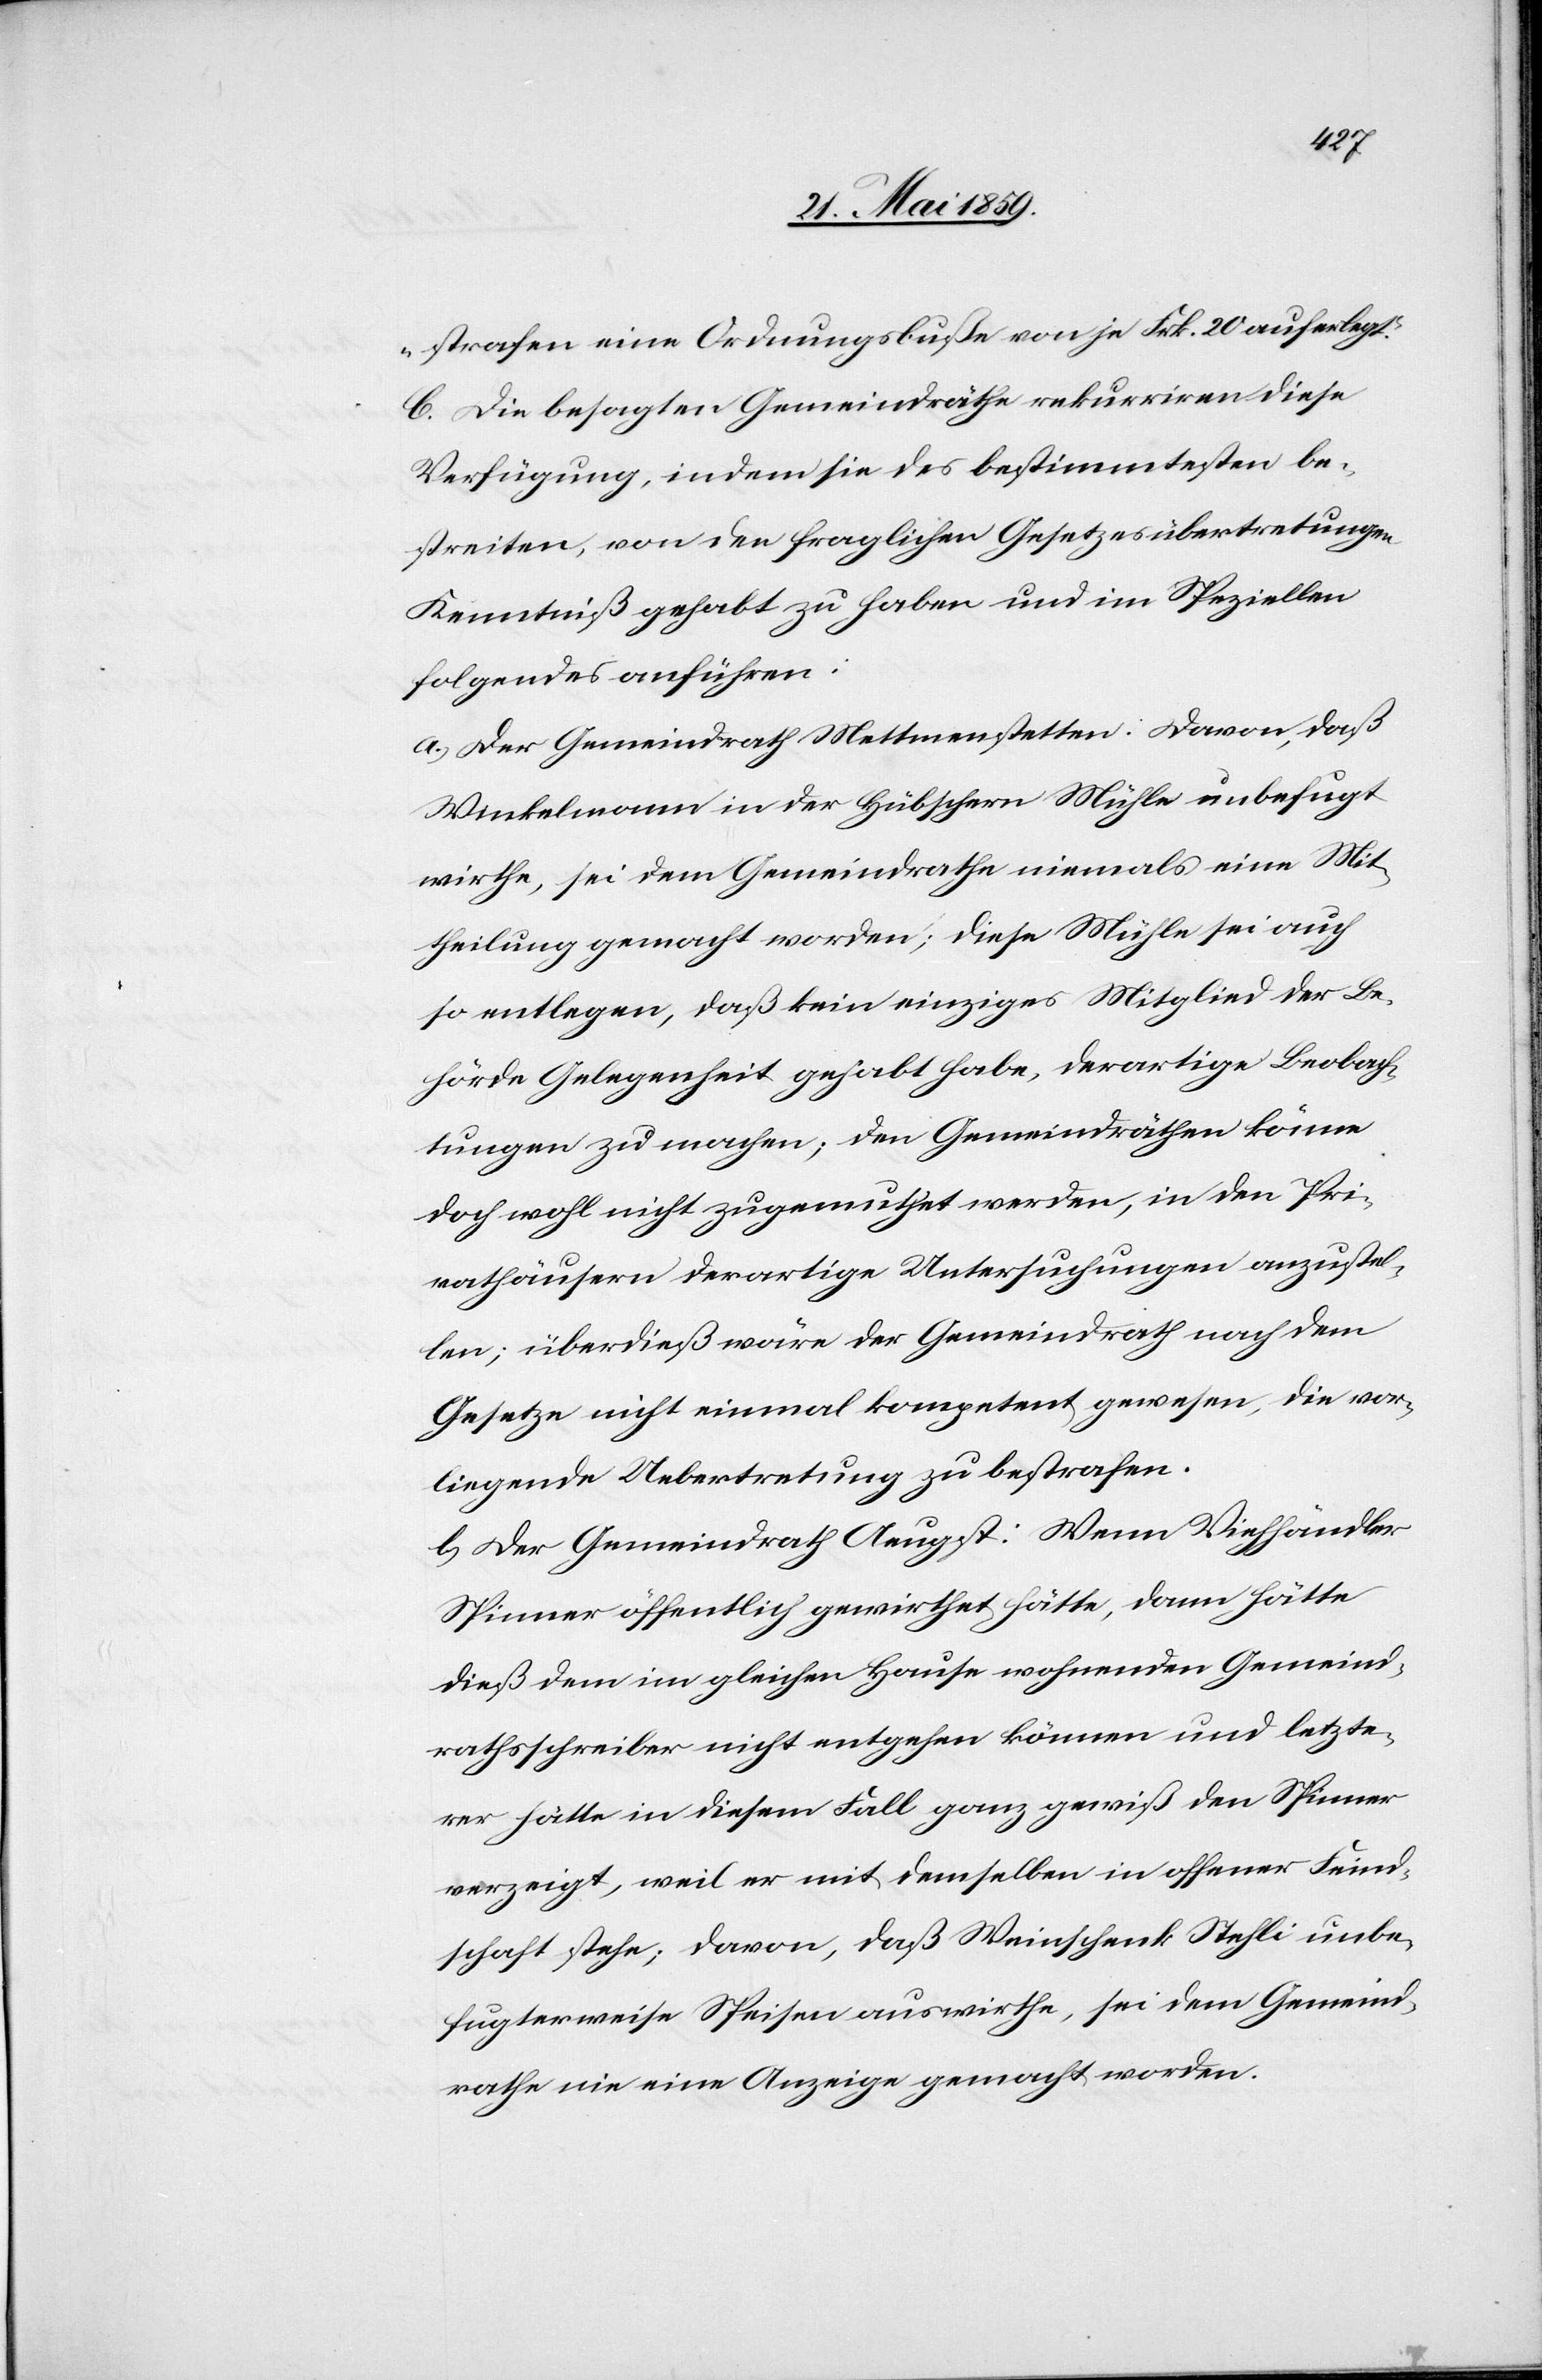
strafen eine Ordnungsbuße von je Frk. 20 auferlegt.
C. Die besagten Gemeindräthe rekurriren diese
Verfügung, indem sie des bestimmtesten be¬
streiten, von den fraglichen Gesetzesübertretungen
Kenntniß gehabt zu haben und im Speziellen
folgendes anführen:
a) Der Gemeindrath Mettmenstetten: Davon, daß
Winkelmann in der Hübschern Mühle unbefugt
wirthe, sei dem Gemeindrathe niemals eine Mit¬
theilung gemacht worden; diese Mühle sei auch
so entlegen, daß kein einziges Mitglied der Be¬
hörde Gelegenheit gehabt habe, derartige Beobach¬
tungen zu machen; den Gemeindräthen könne
doch wohl nicht zugemuthet werden, in den Pri¬
vathäusern derartige Untersuchungen anzustel¬
len; überdieß wäre der Gemeindrath nach dem
Gesetze nicht einmal kompetent gewesen, die vor¬
liegende Uebertretung zu bestrafen.
b) Der Gemeindrath Aeugst: Wenn Viehhändler
Spinner öffentlich gewirthet hätte, dann hätte
dieß dem im gleichen Hause wohnenden Gemeind¬
rathsschreiber nicht entgehen können und letzte¬
rer hätte in diesem Fall ganz gewiß den Spinner
verzeigt, weil er mit demselben in offener Feind¬
schaft stehe; davon, daß Weinschenk Stehli unbe¬
fugterweise Speisen auswirthe, sei dem Gemeind¬
rathe nie eine Anzeige gemacht worden.